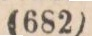
(682)